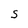
Character: S